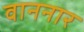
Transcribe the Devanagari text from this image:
वाननार